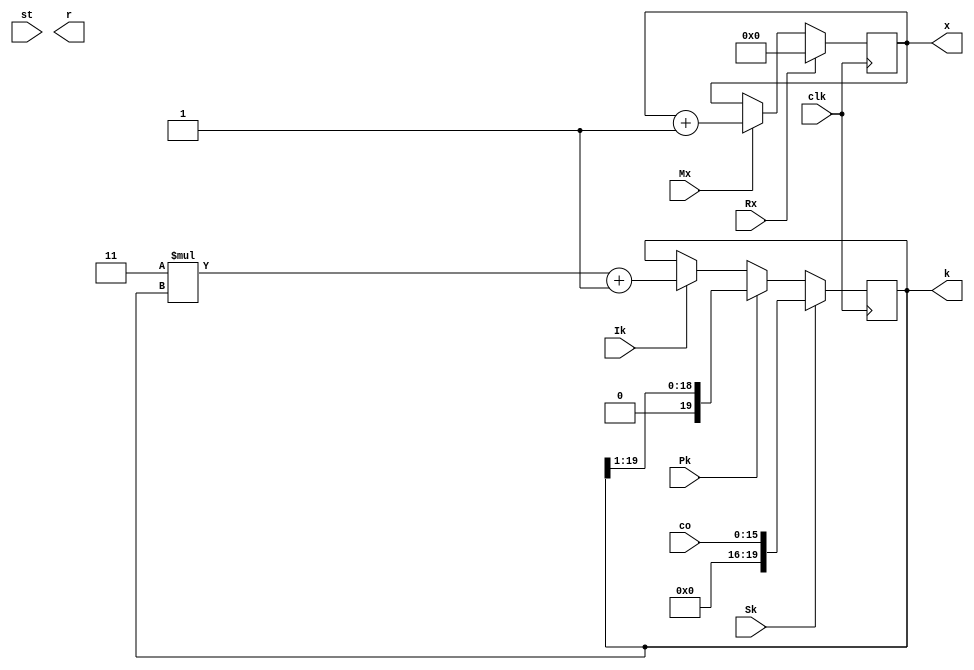
`timescale 1ns / 1ps

module C_DP(
    input clk,
    input [15:0] co,
    input st,
    output [15:0] x,
    output reg [19:0] k,
    output reg r,
    input Mx, Rx, Ik, Pk, Sk
    );
    reg [15:0] i;
    wire [15:0] nexti;
    wire [19:0] nextk;
    wire [1:0] nextr;
    wire [15:0] rti;
    wire [15:0] rtp;
    //Registro i
    always@(posedge clk) begin
        i <= nexti;
    end
    assign nexti = Rx ? 0:( Mx ? i+1:i );
    assign x = i;
    
    //Registro k
    wire [19:0] K2;
    wire [19:0] K3;
    always@(posedge clk) begin
        k <= nextk;
    end
    assign nextk = Sk ? co:K2;
    assign K2 = Pk ? (k>>1):K3;
    assign K3 = Ik ? (3*k+1):k;
    
    /*Registro r
    wire [19:0] S2;
    wire [19:0] S3;
    always@(posedge clk) begin
        r <= nextr;
    end
    assign rti = k;
    assign rtp = k;
    assign nextr = Mr ? rti%2:S2;
    assign S2 = Pr ? rtp%2:S3;
    assign S3 = Ir ? co%2 : r;
    */
endmodule